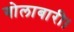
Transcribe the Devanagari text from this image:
गोलाबारी।